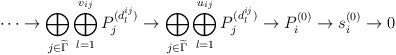
LaTeX: \begin{align*} \dots \rightarrow \bigoplus_{j\in \widetilde{\Gamma}} \bigoplus_{l=1}^{v_{ij}} P_j^{(d_l^{ij})} \rightarrow \bigoplus_{j \in \widetilde{\Gamma}} \bigoplus_{l=1}^{u_{ij}} P_j^{(d_l^{ij})} \rightarrow P_i^{(0)} \rightarrow s_i^{(0)} \rightarrow 0 \end{align*}